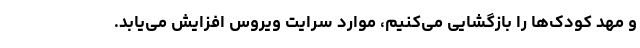
و مهد کودک‌ها را بازگشایی می‌کنیم، موارد سرایت ویروس افزایش می‌یابد.